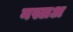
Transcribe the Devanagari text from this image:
नस्लअ